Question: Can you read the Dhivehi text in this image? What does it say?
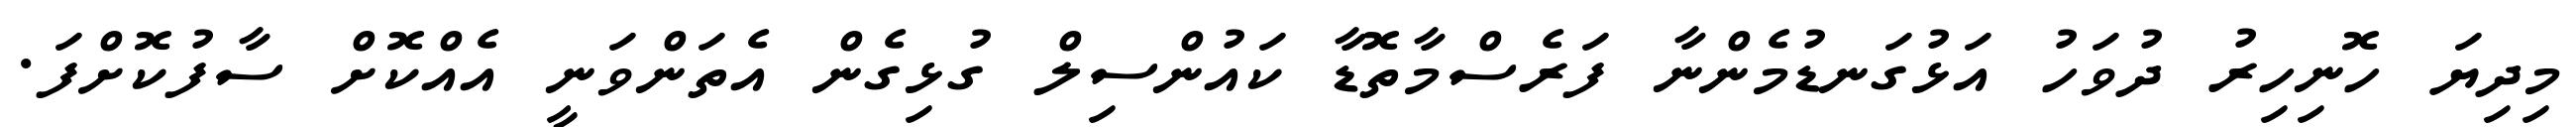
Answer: މިދިޔަ ހޮނިހިރު ދުވަހު އަޅުގަނޑުމެންނާ ފަރެސްމާތޮޑާ ކައުންސިލް ގުޅިގެން އެތަންވަނީ އެއްކޮށް ސާފުކޮށްފަ.